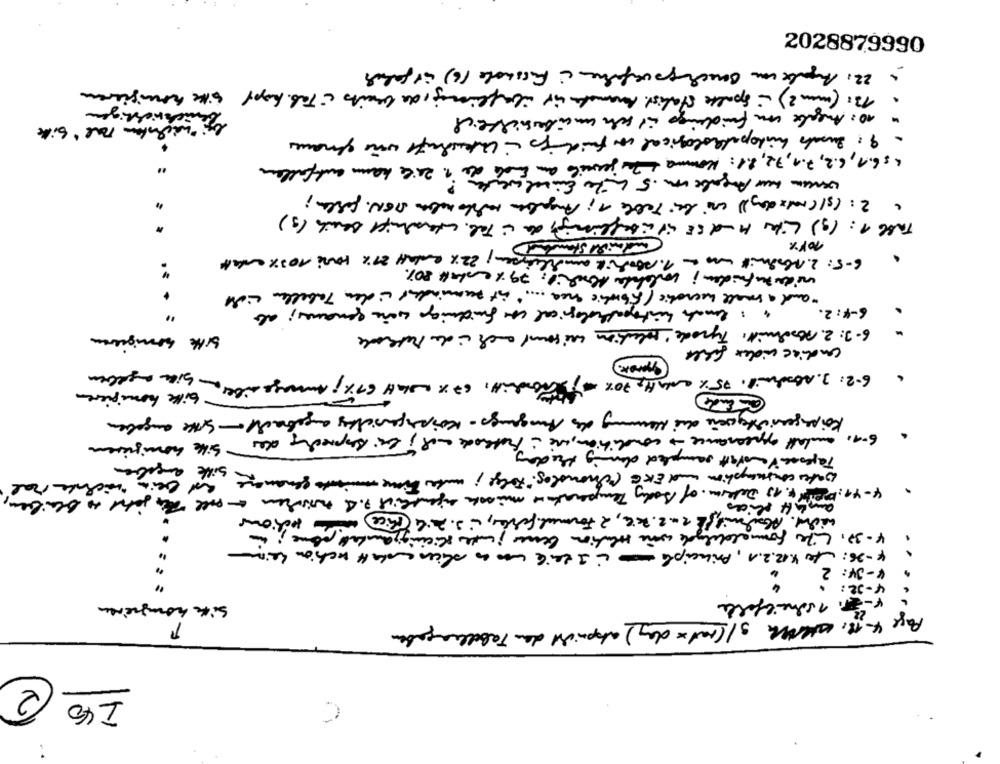
2028879990
- 22: Angabe un Benchgoverfahren à Fusshole 16) är falar
13: (min 2) - spalte statist. Amamade ir überflüssig, de bereits é Tab. hopy site honigieren
.
Jenachrichtigen
10: Angabe von fuideigs it sch uncibersichtlich
" nächsten mal" bill
· 9 : Surah histopathological con fuidings Unterschrift wie genaues
": 6.1, 6.2, 7.1,72, 2.1: Komma & Zu jeweils am Ende de 1. Zeile kann entfallen
what have Angabe von. 5 Liter Eivel werter
2 : (s/(raiz day) cni bei Table a; Angaben mellomaba SIGN. forlan;
Tabl 1: (g) Liter M-SE it überflüssig, de i. Tab. unterschrift Bereich (g)
100%
6-5: 2, Absmit un a 1. seakik amohlien
wiederzu finden; wlehte Abschie: 79x ental 80%
"" and a small weerotic ( Ebrddie area .... " ist zumindest iden Tabellen cil
6-4: 2.
4 : lemah histopathological che fuidnings wane genaues; abs
bitte somriquerem
6-3: 2. Abschnitt, Typode solution wni sound auch i des Methode
undiac cidex fille
6.2: 3. Abdul. 75% anualto 70% conditt, 67 x awall 67%; Ammage mell on site angeben
bitte homipieren
Körpergewichtgwenn die Hemmung des Ausgangs - Körpergewichty angebracht - Sithe angaben
6-40
andall appearance condition, wie i Methode and bei Resprecis des sikke honigieren
Tapense Vooratt sampled doing the day
water consumption und EKG (nondes" Folge ; unter time genanage, and bein nichter ical
4-49: PRIX +. 13 Determ, of Body Temperature mismos eigentlich P.4 wischen a soll the johnd to Bleiben,
. Alamilskan2. ke, 2 Formul fehler, is. aile Rice with sections
4-37. Life formaldehyde wine solution bener jeder slicingzam del come !
4-26: to 4.12.2.1 , Principle i I deit was an slices enkelt section heim
4-J4: 2
4-22:
Site homgieren
v-2. 1 schiefelle
Page 4-18, wateroch s/(nat x day) atspricht den Tabelleangaben
140 2
C